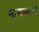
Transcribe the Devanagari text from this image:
मायकला